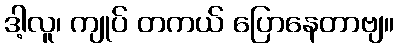
ဒါ့လူ၊ ကျုပ် တကယ် ပြောနေတာဗျ။